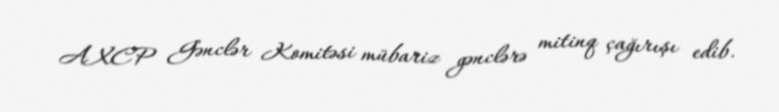
AXCP Gənclər Komitəsi mübariz gənclərə mitinq çağırışı edib.